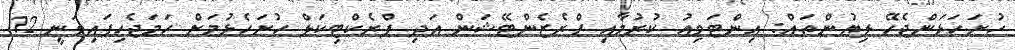
ހުށަހަޅަންޖެހޭ ލިޔުންތައް: އިންޓަވިއު ކުރުމާއި ޕްރެޒެންޓޭޝަން އަދި ޕްރެކްޓިކަލް ހުށަހެޅުމަށް ހަމަޖެހިފައިވަނީ 12